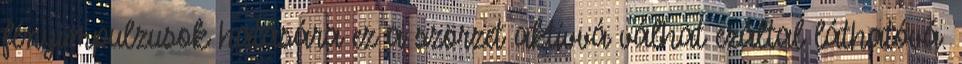
fényimpulzusok hatására ez a szörzet aktívvá válhat ezáltal láthatóvá.